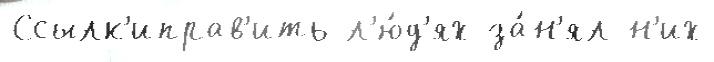
Ссылк'иправ'ить л'ю́д'ях за́н'ял н'их